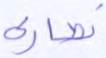
نصارى